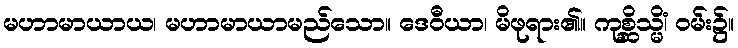
မဟာမာယာယ၊ မဟာမာယာမည်သော။ ဒေဝီယာ၊ မိဖုရား၏။ ကုစ္ဆိသ္မိံ၊ ဝမ်း၌။